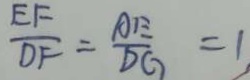
\frac { E F } { D F } = \frac { A E } { D G } = 1